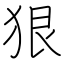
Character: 狠